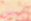
ليس